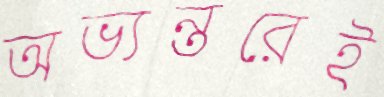
অভ্যন্তরেই